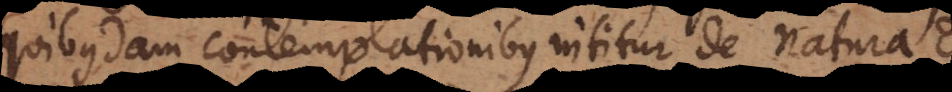
quibusdam contemplationibus nititur de natura De